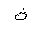
Letter: _tha